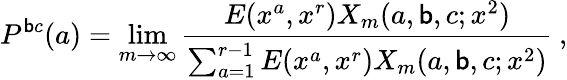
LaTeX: P^{\mathsf{b}c}(a)=\operatorname*{lim}_{m\to\infty}\frac{{E(x^{a},x^{r})X_{m}(a,\mathsf{b},c;x^{2})}}{{\sum_{a=1}^{r-1}E(x^{a},x^{r})X_{m}(a,\mathsf{b},c;x^{2})}}\: ,